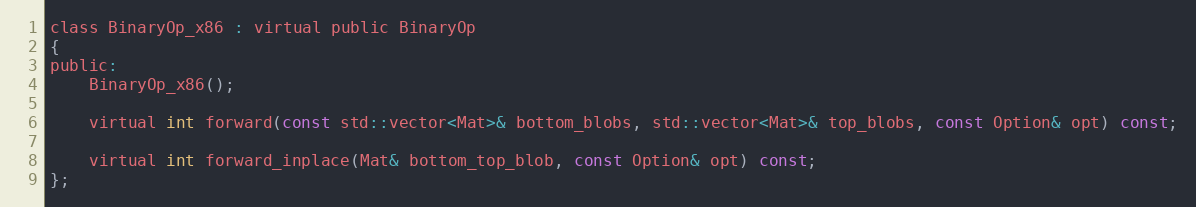
Language: C
class BinaryOp_x86 : virtual public BinaryOp
{
public:
    BinaryOp_x86();

    virtual int forward(const std::vector<Mat>& bottom_blobs, std::vector<Mat>& top_blobs, const Option& opt) const;

    virtual int forward_inplace(Mat& bottom_top_blob, const Option& opt) const;
};